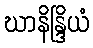
ဃာနိန္ဒြိယံ